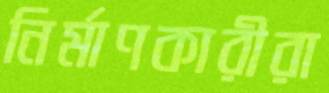
নির্মাণকারীরা